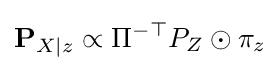
\mathbf {P} _{X|z}\propto \Pi ^{-\top }P_{Z}\odot \pi _{z}